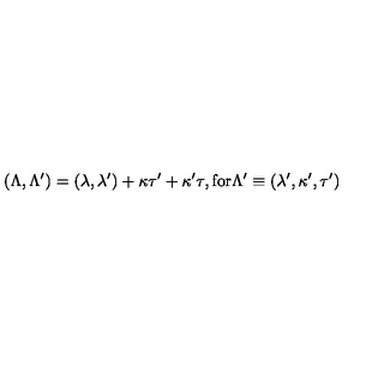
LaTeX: ( \Lambda , \Lambda ^ { \prime } ) = ( \lambda , \lambda ^ { \prime } ) + \kappa \tau ^ { \prime } + \kappa ^ { \prime } \tau , \mathrm { f o r } \Lambda ^ { \prime } \equiv ( \lambda ^ { \prime } , \kappa ^ { \prime } , \tau ^ { \prime } )